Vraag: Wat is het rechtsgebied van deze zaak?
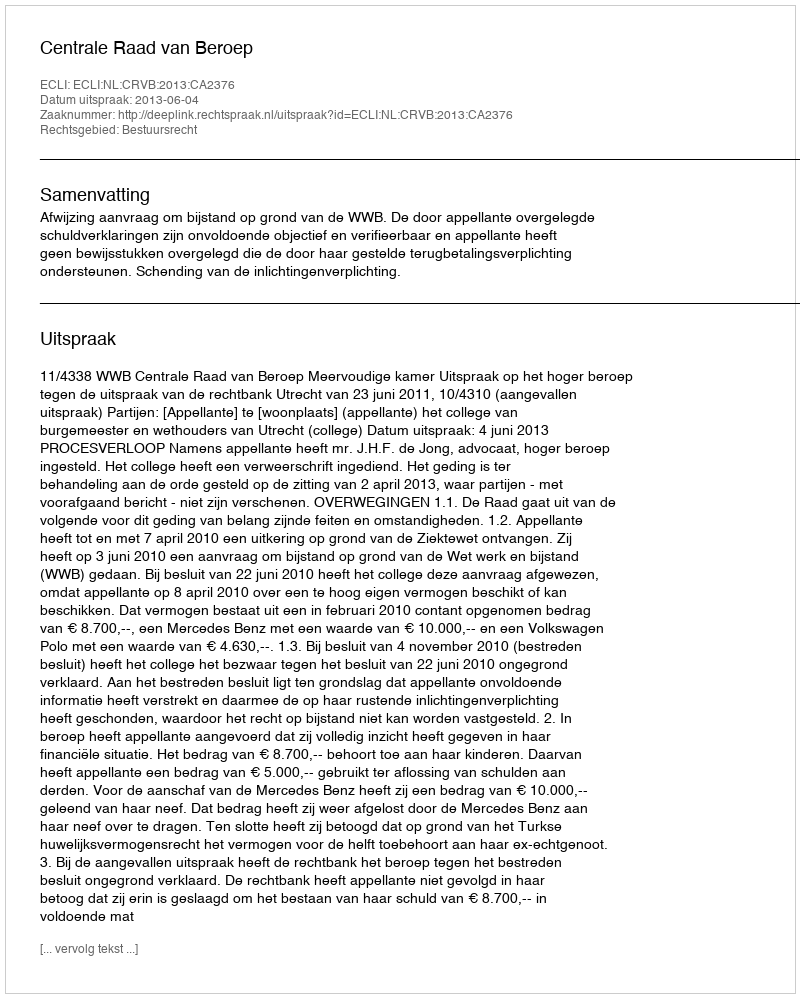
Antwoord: Bestuursrecht